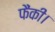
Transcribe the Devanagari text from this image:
फैंकी।